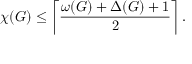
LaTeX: \chi ( G ) \leq \left\lceil { \frac { \omega ( G ) + \Delta ( G ) + 1 } { 2 } } \right\rceil .